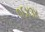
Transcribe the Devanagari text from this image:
०६४३४